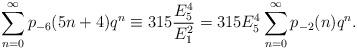
LaTeX: \begin{align*}\sum_{n=0}^{\infty}p_{-6}(5n+4)q^{n} &\equiv315\dfrac{E_{5}^{4}}{E_{1}^{2}}=315E_{5}^{4}\sum_{n=0}^{\infty}p_{-2}(n)q^{n}.\end{align*}